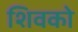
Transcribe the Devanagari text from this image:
शिवको